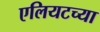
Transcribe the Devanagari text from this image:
एलियटच्या